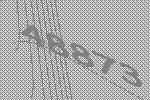
48873